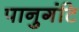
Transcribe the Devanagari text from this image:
पानुगंटि